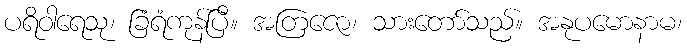
ပရိဝါရေသု၊ ခြံရံကုန်ပြီ။ အတြဇော၊ သားတော်သည်။ အနုပမောနာမ၊